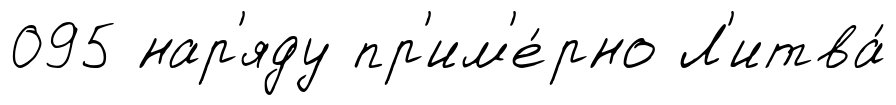
095 нар'яду пр'им'е́рно Л'итва́